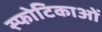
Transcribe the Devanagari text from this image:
स्फोटिकाओं